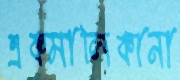
একমালিকানা